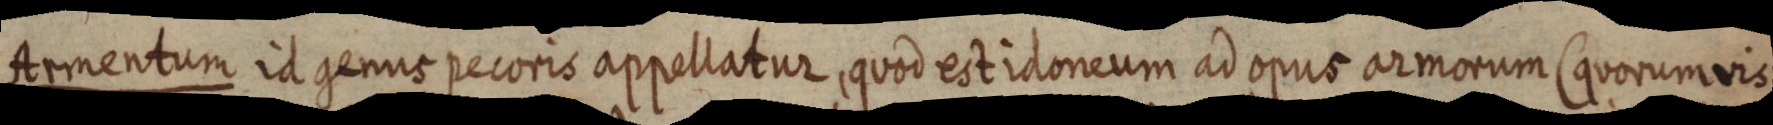
Armentum id genus pecoris appellatur, quod est idoneum ad opus armorum (quorum vis